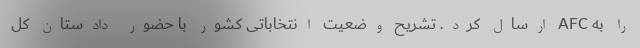
را به AFC ارسال کرد. تشریح وضعیت انتخاباتی کشور با حضور دادستان کل